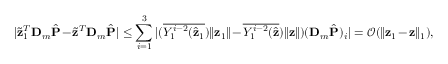
| \widetilde { \mathbf z } _ { 1 } ^ { T } \mathbf D _ { m } \hat { \mathbf P } - \widetilde { \mathbf z } ^ { T } \mathbf D _ { m } \hat { \mathbf P } | \leq \sum _ { i = 1 } ^ { 3 } | ( { \overline { { Y _ { 1 } ^ { i - 2 } ( \hat { \mathbf { z } } _ { 1 } } } ) \| \mathbf { z } _ { 1 } \| } - { \overline { { Y _ { 1 } ^ { i - 2 } ( \hat { \mathbf { z } } } } ) \| \mathbf { z } \| } ) ( \mathbf D _ { m } \hat { \mathbf P } ) _ { i } | = \mathcal { O } ( \| \mathbf { z } _ { 1 } - \mathbf { z } \| _ { 1 } ) ,